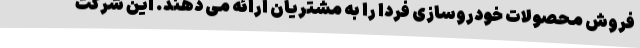
فروش محصولات خودروسازی فردا را به مشتریان ارائه می دهند. این شرکت